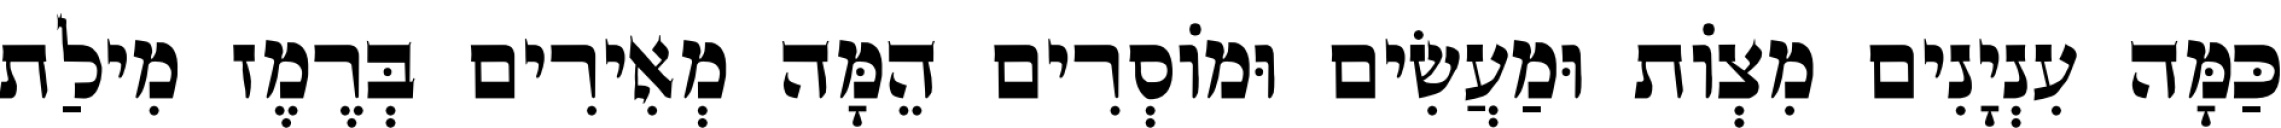
כַּמָּה עִנְיָנִים מִצְוֹת וּמַעֲשִׂים וּמוֹסְרִים הֵמָּה מְאִירִים בְּרֶמֶז מִילַת